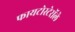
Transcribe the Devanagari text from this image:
फायटोस्टेरॉले